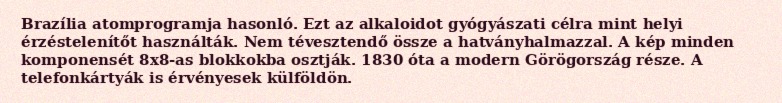
Brazília atomprogramja hasonló. Ezt az alkaloidot gyógyászati célra mint helyi érzéstelenítőt használták. Nem tévesztendő össze a hatványhalmazzal. A kép minden komponensét 8x8-as blokkokba osztják. 1830 óta a modern Görögország része. A telefonkártyák is érvényesek külföldön.